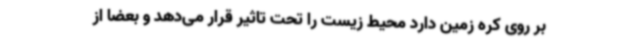
بر روی کره زمین دارد محیط زیست را تحت تاثیر قرار می‌دهد و بعضا از